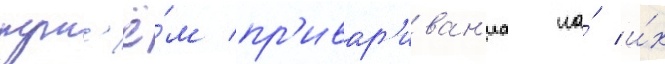
пут'ё́м пр'ивар'иван'иа на́ и́х